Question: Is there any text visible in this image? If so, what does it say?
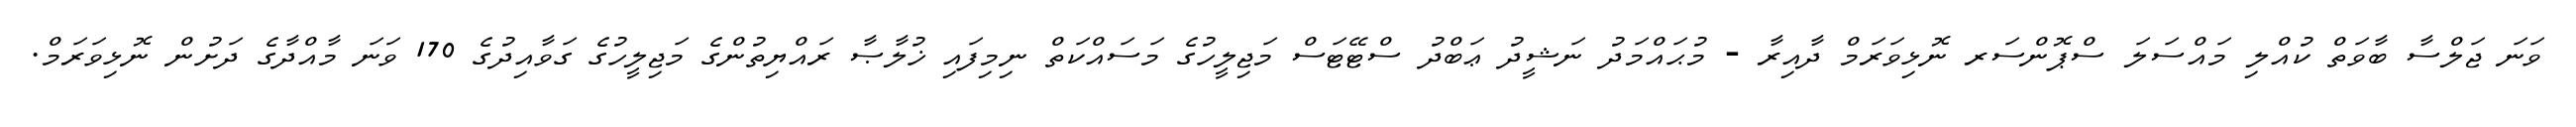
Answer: ވަނަ ޖަލްސާ ބާވަތް ކުއްލި މައްސަލަ ސްޕޮންސަރ ނޮޅިވަރަމް ދާއިރާ - މުޙައްމަދު ނަޝީދު ޢަބްދު ސްޓޭޓަސް މަޖިލީހުގެ މަސައްކަތް ނިމިފައި ޚުލާޞާ ރައްޔިތުންގެ މަޖިލީހުގެ ގަވާއިދުގެ 170 ވަނަ މާއްދާގެ ދަށުން ނޮޅިވަރަމް.